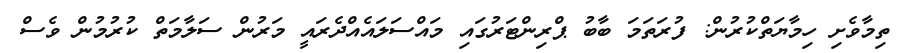
ތިމާވެށި ހިމާޔަތްކުރުން: ފުރަތަމަ ބާބު ޕްރިންޓަރުގައި މައްސަލައެއްދެރައީ މަރުން ސަލާމަތް ކުރުމުން ވެސް